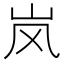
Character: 岚